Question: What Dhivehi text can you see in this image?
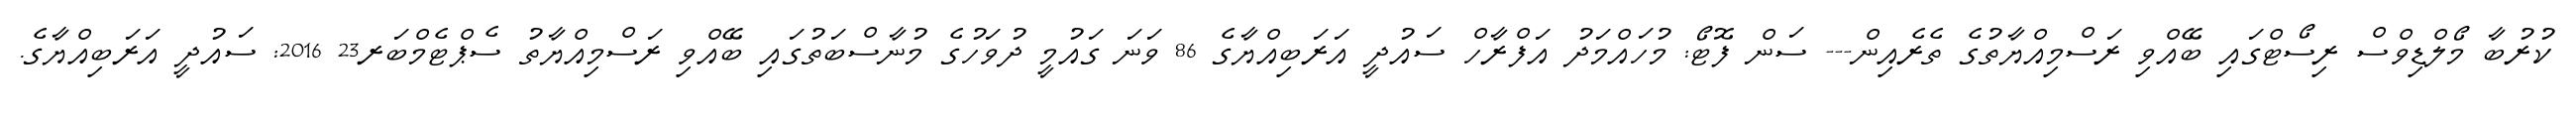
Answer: ކުރުބާ މޯލްޑިވްސް ރިސޯޓްގައި ބޭއްވި ރަސްމިއްޔާތުގެ ތެރެއިން--- ސަން ފޮޓޯ: މުހައްމަދު އަފްރާހް ސައުދީ އަރަބިއްޔާގެ 86 ވަނަ ގައުމީ ދުވަހުގެ މުނާސްބަތުގައި ބޭއްވި ރަސްމިއްޔާތު ސެޕްޓެމްބަރ23 2016: ސައުދީ އަރަބިއްޔާގެ.